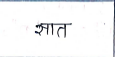
मजकूर: सात